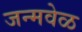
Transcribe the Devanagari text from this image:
जन्मवेळ